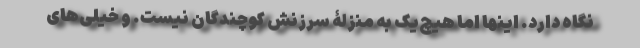
نگاه دارد. اینها اما هیچ‌یک به منزلۀ سرزنش کوچندگان نیست. و خیلی‌های